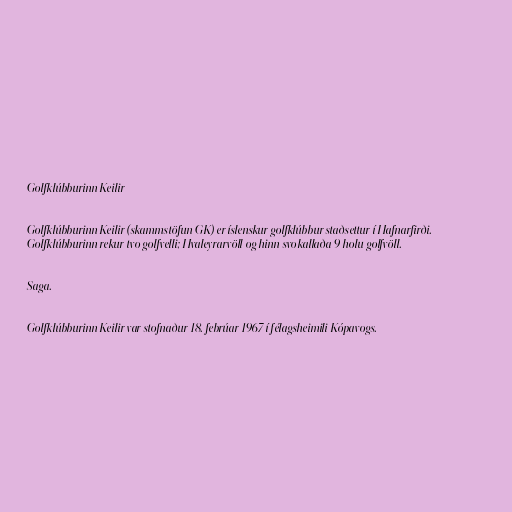
Golfklúbburinn Keilir

Golfklúbburinn Keilir (skammstöfun GK) er íslenskur golfklúbbur staðsettur í Hafnarfirði.
Golfklúbburinn rekur tvo golfvelli; Hvaleyrarvöll og hinn svokallaða 9 holu golfvöll.

Saga.

Golfklúbburinn Keilir var stofnaður 18. febrúar 1967 í félagsheimili Kópavogs.